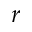
r